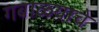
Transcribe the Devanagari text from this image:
गबाळ्याचे